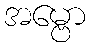
အမ္ဗော